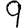
Digit: 9